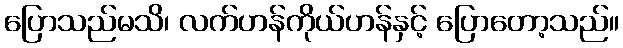
ပြောသည်မသိ၊ လက်ဟန်ကိုယ်ဟန်နှင့် ပြောတော့သည်။